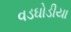
વડઘોડીયા